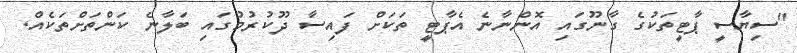
"ސިޔާސީ ޕާޓީތަކުގެ ގާނޫގައި އޮންނާނެ އެޕާޓީ ތަކަށް ފައިސާ ދޫކުރުމުގައި ބަލާނެ ކަންތަށްތަކެއް